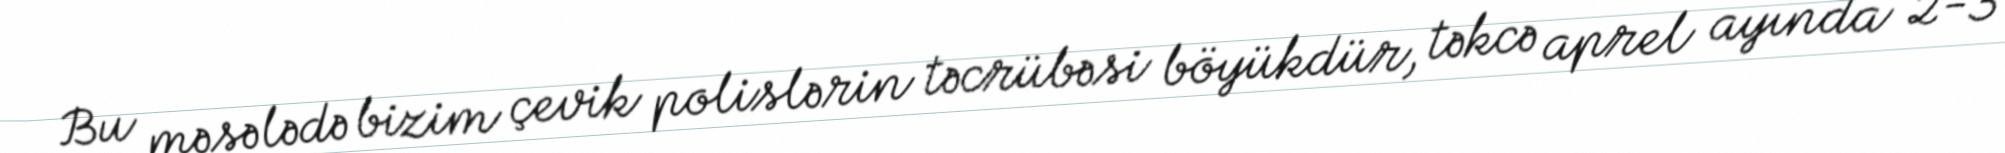
Bu məsələdə bizim çevik polislərin təcrübəsi böyükdür, təkcə aprel ayında 2-3